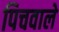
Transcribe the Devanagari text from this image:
पिचवाले